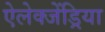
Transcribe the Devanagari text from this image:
ऐलेक्जेंड्रिया